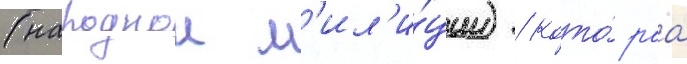
(народнои м'ил'и́ции) / кото́раа